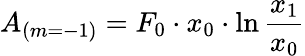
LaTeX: A_{(m=-1)}=F_{0}\cdot x_{0}\cdot\ln{\frac{x_{1}}{x_{0}}}